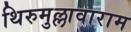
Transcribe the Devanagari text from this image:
थिरुमुल्लावाराम